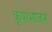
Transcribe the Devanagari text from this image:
कृपाभाजन